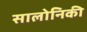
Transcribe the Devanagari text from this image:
सालोनिकी